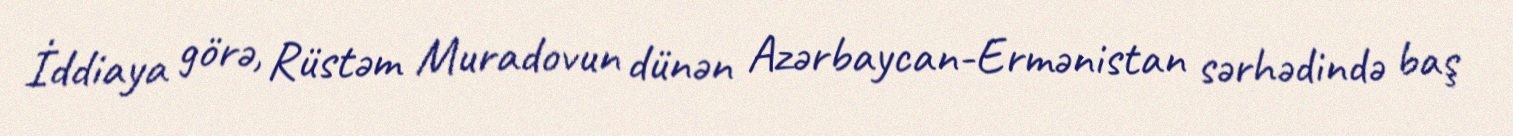
İddiaya görə, Rüstəm Muradovun dünən Azərbaycan-Ermənistan sərhədində baş